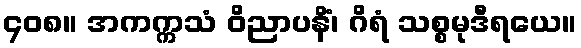
၄၀၈။ အကက္ကသံ ဝိညာပနိံ၊ ဂိရံ သစ္စမုဒီရယေ။